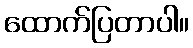
ထောက်ပြတာပါ။